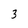
Character: 3